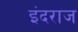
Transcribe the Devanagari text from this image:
इंदराज